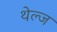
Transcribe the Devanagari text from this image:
थेल्ज